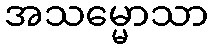
အသမ္မောသာ